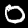
Label: 0